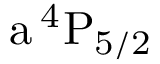
\mathrm { a \, ^ { 4 } P _ { 5 / 2 } }